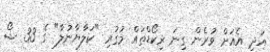
އަދި އެއަށް ވުރެން ގިނަ ރިކޯޑްތައް މުގުރި "ކަލާޔާނުލާ" ގެ 33 ޝޯ